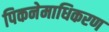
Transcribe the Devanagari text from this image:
पिकनेमाधिकरण